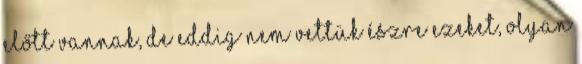
előtt vannak, de eddig nem vettük észre ezeket, olyan